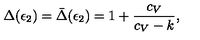
\Delta ( \epsilon _ { 2 } ) = \bar { \Delta } ( \epsilon _ { 2 } ) = 1 + { \frac { c _ { V } } { c _ { V } - k } } ,